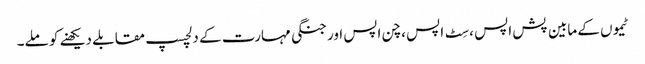
ٹیموں کے مابین پش اپس ، سِٹ اپس ، چن اپس اور جنگی مہارت کے دلچسپ مقابلے دیکھنے کو ملے۔